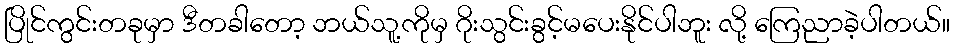
ပြိုင်ကွင်းတခုမှာ ဒီတခါတော့ ဘယ်သူ့ကိုမှ ဂိုးသွင်းခွင့်မပေးနိုင်ပါဘူး လို့ ကြေညာခဲ့ပါတယ်။